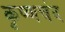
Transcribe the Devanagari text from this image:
कृष्णचंद